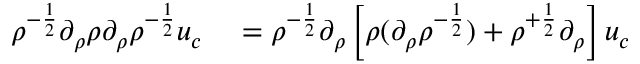
\begin{array} { r l } { \rho ^ { - \frac 1 2 } \partial _ { \rho } \rho \partial _ { \rho } \rho ^ { - \frac 1 2 } u _ { c } } & { { } = \rho ^ { - \frac 1 2 } \partial _ { \rho } \left[ \rho ( \partial _ { \rho } \rho ^ { - \frac 1 2 } ) + \rho ^ { + \frac 1 2 } \partial _ { \rho } \right] u _ { c } } \end{array}